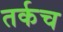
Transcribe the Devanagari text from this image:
तर्कच